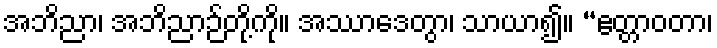
အဘိညာ၊ အဘိညာဉ်တို့ကို။ အဿာဒေတွာ၊ သာယာ၍။ “ဧတ္တာဝတာ၊